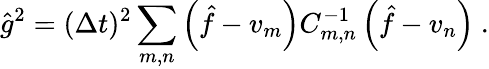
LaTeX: \hat{g}^{2}=(\Delta t)^{2}\sum_{m,n}\left(\hat{f}-v_{m}\right)C_{m,n}^{-1}\left(\hat{f}-v_{n}\right)\ .